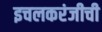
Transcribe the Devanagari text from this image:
इचलकरंजीची